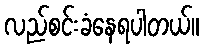
လည်စင်းခံနေရပါတယ်။